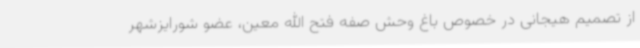
از تصمیم هیجانی در خصوص باغ وحش صفه فتح الله معین، عضو شورایزشهر